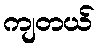
ကျတယ်